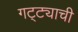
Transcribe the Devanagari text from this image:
गट्ट्याची